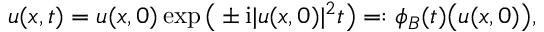
u ( x , t ) = u ( x , 0 ) \exp \big ( \pm \mathrm { i } \lvert u ( x , 0 ) \rvert ^ { 2 } t \big ) = : \phi _ { B } ( t ) \big ( u ( x , 0 ) \big ) ,